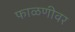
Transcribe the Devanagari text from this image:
फाळणीवर